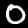
Label: 0